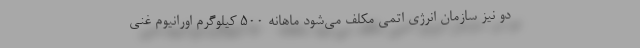
دو نیز سازمان انرژی اتمی مکلف می‌شود ماهانه ۵۰۰ کیلوگرم اورانیوم غنی